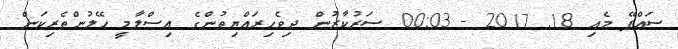
ސައްޕޭ މެއި 18